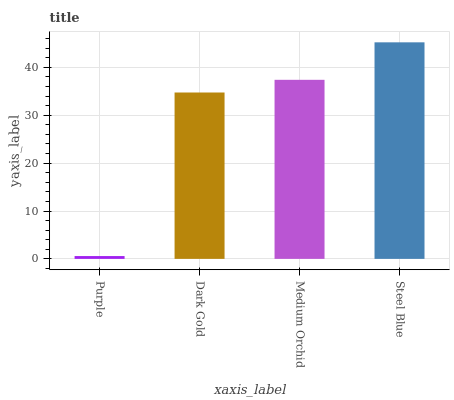
| xaxis_label | bars |
 | --- | --- |
 | Purple | 0.589 |
 | Dark Gold | 34.8 |
 | Medium Orchid | 37.4 |
 | Steel Blue | 45.2 |